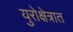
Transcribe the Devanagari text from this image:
युरोक्षेत्रात